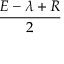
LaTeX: \frac { E - \lambda + R } { 2 }